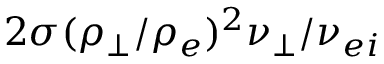
2 \sigma ( \rho _ { \perp } / \rho _ { e } ) ^ { 2 } \nu _ { \perp } / \nu _ { e i }